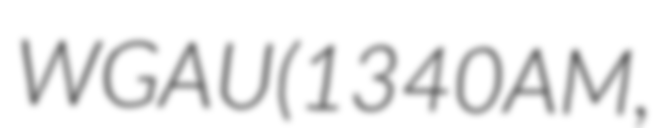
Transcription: WGAU (1340 AM,